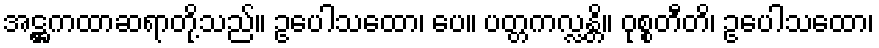
အဋ္ဌကထာဆရာတို့သည်။ ဥပေါသထော၊ ပေ။ ပတ္တကလ္လန္တိ။ ဝုစ္စတီတိ၊ ဥပေါသထော၊